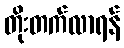
တိုးတက်လာရန်